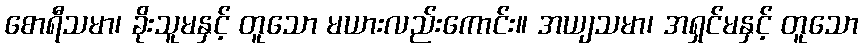
စောရီသမာ၊ ခိုးသူမနှင့် တူသော မယားလည်းကောင်း။ အယျသမာ၊ အရှင်မနှင့် တူသော